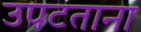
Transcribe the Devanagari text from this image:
उपटताना